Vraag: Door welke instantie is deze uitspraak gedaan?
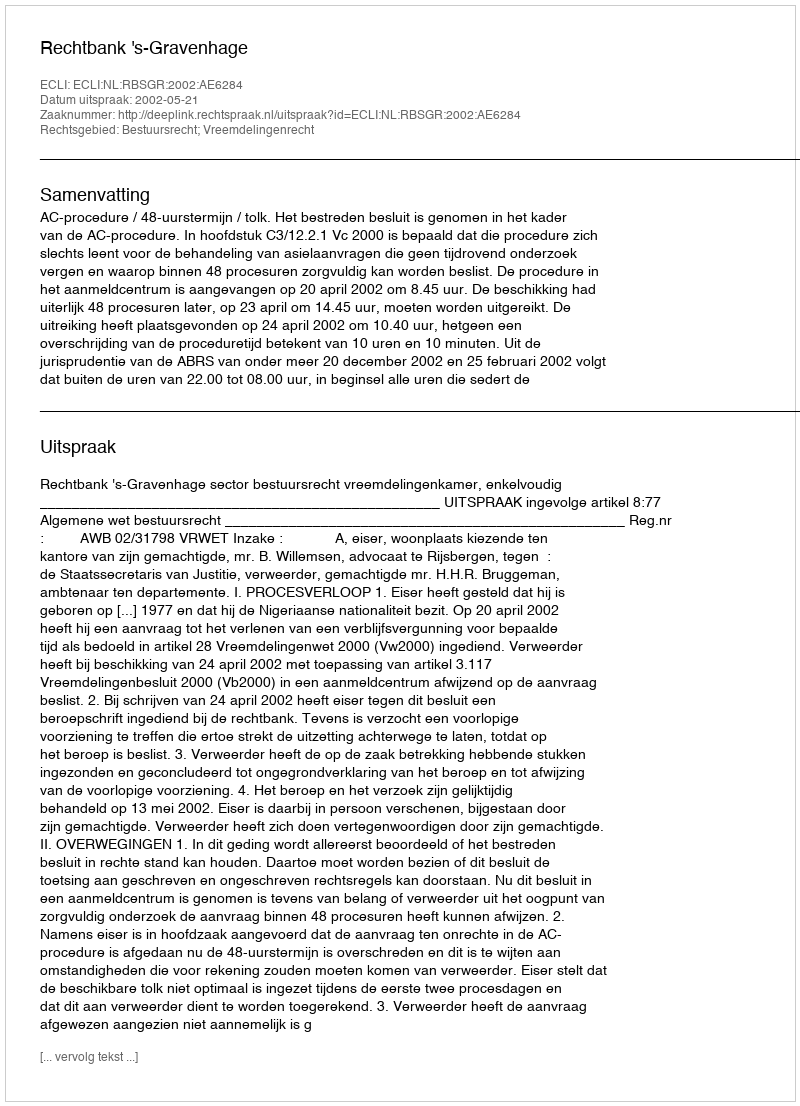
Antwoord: Rechtbank 's-Gravenhage